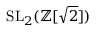
\mathrm { S L } _ { 2 } ( \mathbb { Z } [ { \sqrt { 2 } } ] )